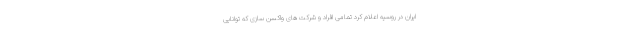
ایران در روسیه اعلام کرد تمامی افراد و شرکت های واکسن سازی که توانایی